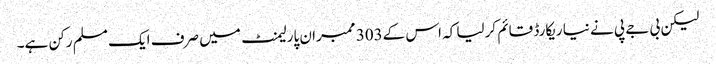
لیکن بی جے پی نے نیا ریکارڈ قائم کرلیا کہ اس کے303 ممبران پارلیمنٹ میں صرف ایک مسلم رکن ہے۔